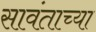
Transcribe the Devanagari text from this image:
सावंताच्या